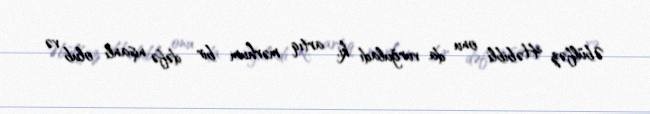
Əbülfəz Həbibli onu da vurğuladı ki, artıq mərhum bir dəfə nişanlı olub və